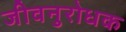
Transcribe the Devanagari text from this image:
जीवनुरोधक